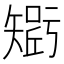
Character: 𥏾